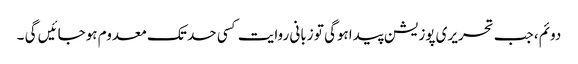
دوئم، جب تحریری پوزیشن پیداہوگی تو زبانی روایت کسی حد تک معدوم ہوجائیں گی ۔